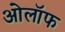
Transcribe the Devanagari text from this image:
ओलॉफ